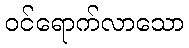
ဝင်ရောက်လာသော